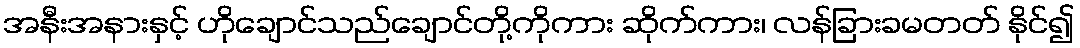
အနီးအနားနှင့် ဟိုချောင်သည်ချောင်တို့ကိုကား ဆိုက်ကား၊ လန်ခြားခမတတ် နိုင်၍